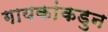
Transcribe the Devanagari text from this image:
गायकांकडुन